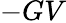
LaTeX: -GV